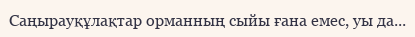
Саңырауқұлақтар орманның сыйы ғана емес, уы да...